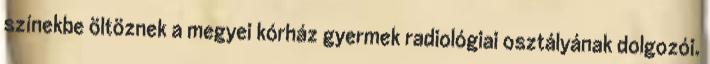
színekbe öltöznek a megyei kórház gyermek radiológiai osztályának dolgozói.